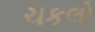
ચકલો